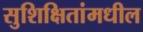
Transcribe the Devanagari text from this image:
सुशिक्षितांमधील